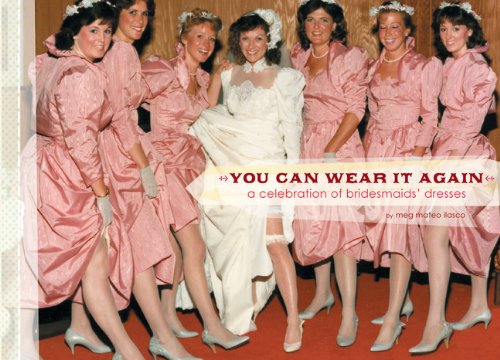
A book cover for You Can Wear It Again: A Celebration of Bridesmaids' Dresses; MEG MATEO ILASCO; Crafts, Hobbies & Home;